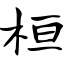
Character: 桓